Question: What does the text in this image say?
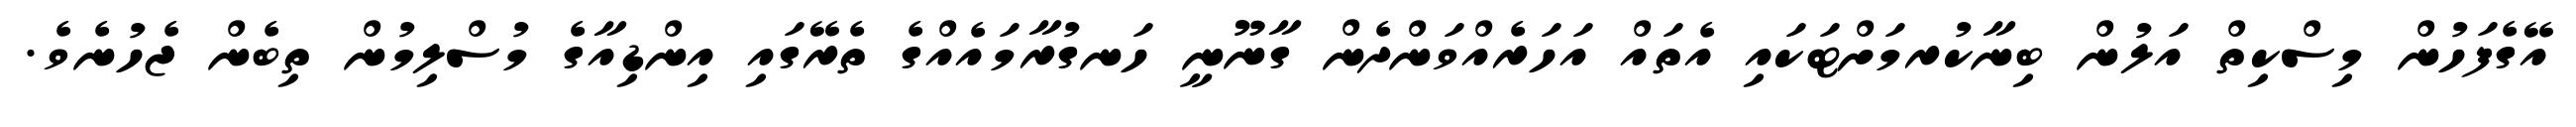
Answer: އޭގެފަހުން މިސްކިތް އަލުން ބިނާކުރމަށްޓަކައި އެތައް އަހަރެއްވަންދެން ގާނޫނީ ހަނގުރާމައެއްގެ ތެރޭގައި އިންޑިއާގެ މުސްލިމުން ތިބެން ޖެހުނެވެ.